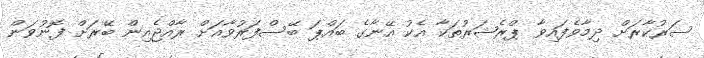
ސަރުކާރަށް ދިމާވެފައިވާ ޕްރެޝަރުތަކާ އެކު އޭނާގެ ބައްޕަ ބޭސްފަރުވާއަށް ރާއްޖެއިން ބޭރަށް ފޮނުވަން